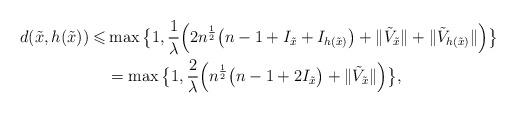
LaTeX: \begin{align*} d(\tilde x,h(\tilde x))\leqslant &\max\big\{1,\frac{1}{\lambda}\Big(2n^{\frac{1}{2}}\big(n-1+I_{\tilde x}+I_{h(\tilde x)}\big)+\Vert \tilde V_{\tilde x}\Vert+\Vert \tilde V_{h(\tilde x)}\Vert\Big)\big\}\\&= \max\big\{1,\frac{2}{\lambda}\Big(n^{\frac{1}{2}}\big(n-1+2I_{\tilde x}\big)+\Vert \tilde V_{\tilde x}\Vert\Big)\big\}, \end{align*}